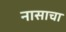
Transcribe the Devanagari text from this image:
नासाचा